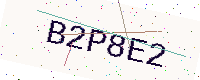
Text: B2P8E2